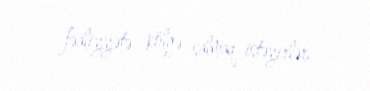
fəaliyyətə kölgə salmaq istəyirlər.